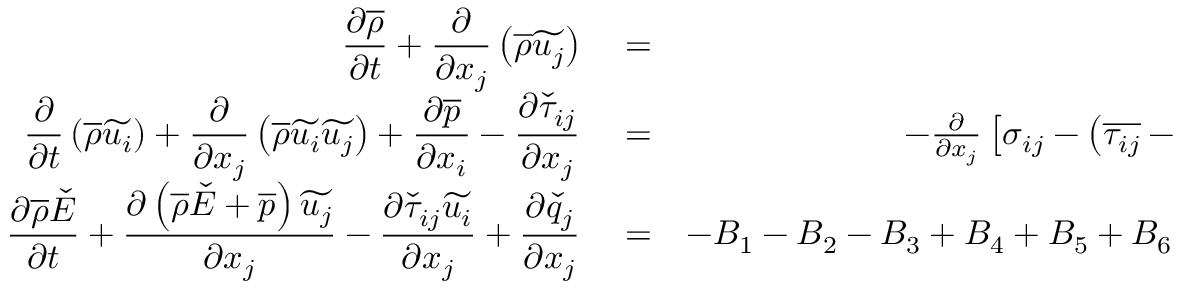
\begin{array} { r l r } { \displaystyle \frac { \partial \overline { { \rho } } } { \partial t } + \frac { \partial } { \partial x _ { j } } \left( \overline { { \rho } } \widetilde { u _ { j } } \right) } & { { } = } & { 0 \, \mathrm { ~ , ~ } } \\ { \displaystyle \frac { \partial } { \partial t } \left( \overline { { \rho } } \widetilde { u _ { i } } \right) + \frac { \partial } { \partial x _ { j } } \left( \overline { { \rho } } \widetilde { u _ { i } } \widetilde { u _ { j } } \right) + \frac { \partial \overline { { p } } } { \partial x _ { i } } - \frac { \partial \check { \tau } _ { i j } } { \partial x _ { j } } } & { { } = } & { - \frac { \partial } { \partial x _ { j } } \left[ \sigma _ { i j } - \left( \overline { { \tau _ { i j } } } - \check { \tau } _ { i j } \right) \right] \, \mathrm { ~ , ~ } } \\ { \displaystyle \frac { \partial \overline { { \rho } } \check { E } } { \partial t } + \frac { \partial \left( \overline { { \rho } } \check { E } + \overline { { p } } \right) \widetilde { u _ { j } } } { \partial x _ { j } } - \frac { \partial \check { \tau } _ { i j } \widetilde { u _ { i } } } { \partial x _ { j } } + \frac { \partial \check { q } _ { j } } { \partial x _ { j } } } & { { } = } & { - B _ { 1 } - B _ { 2 } - B _ { 3 } + B _ { 4 } + B _ { 5 } + B _ { 6 } - B _ { 7 } \, \mathrm { ~ , ~ } } \end{array}